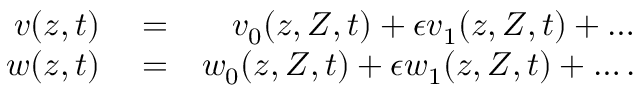
\begin{array} { r l r } { v ( z , t ) } & { { } = } & { v _ { 0 } ( z , Z , t ) + \epsilon v _ { 1 } ( z , Z , t ) + \ldots } \\ { w ( z , t ) } & { { } = } & { w _ { 0 } ( z , Z , t ) + \epsilon w _ { 1 } ( z , Z , t ) + \ldots . } \end{array}